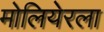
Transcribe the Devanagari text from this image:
मोलियेरला